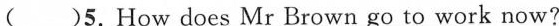
5.How does Mr Brown go to work now?